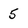
Character: 5